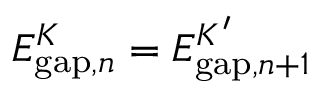
E _ { \mathrm { g a p } , n } ^ { K } = E _ { \mathrm { g a p } , n + 1 } ^ { K ^ { \prime } }